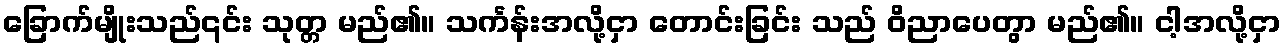
ခြောက်မျိုးသည်၎င်း သုတ္တ မည်၏။ သင်္ကန်းအလို့ငှာ တောင်းခြင်း သည် ဝိညာပေတွာ မည်၏။ ငါ့အလို့ငှာ